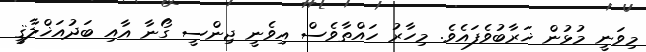
މިވަނީ މުޅުން ޚަރާބުވެފައެވެ. މިހާރު ހައްތާވެސް އިވެނީ ޖިންސީ ގޯނާ އާއި ބަދުއަޚްލާޤީ